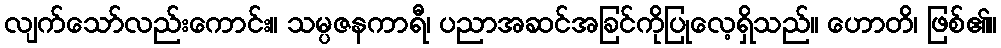
လျက်သော်လည်းကောင်း။ သမ္ပဇနကာရီ၊ ပညာအဆင်အခြင်ကိုပြုလေ့ရှိသည်။ ဟောတိ၊ ဖြစ်၏။